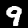
Label: 9